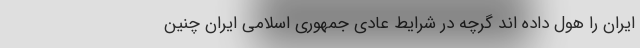
ایران را هول داده اند گرچه در شرایط عادی جمهوری اسلامی ایران چنین